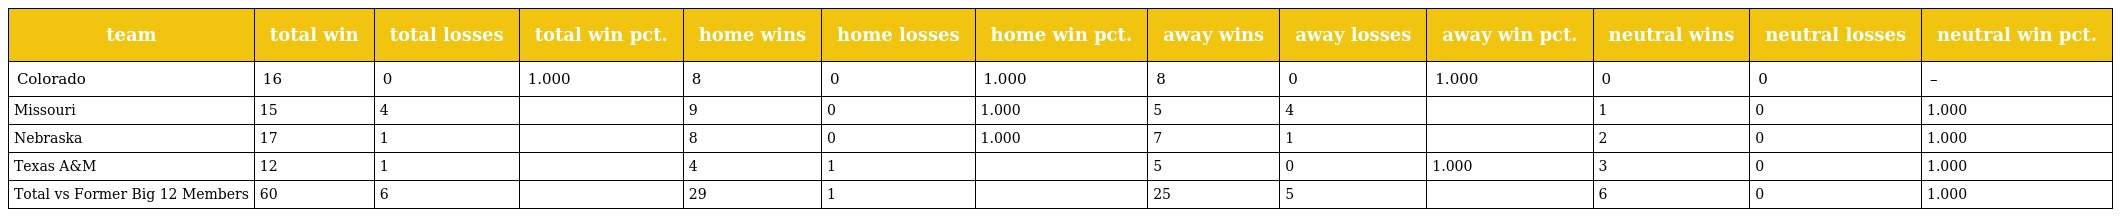
| team | total win | total losses | total win pct. | home wins | home losses | home win pct. | away wins | away losses | away win pct. | neutral wins | neutral losses | neutral win pct. |
 | --- | --- | --- | --- | --- | --- | --- | --- | --- | --- | --- | --- | --- |
 | Colorado | 16 | 0 | 1.000 | 8 | 0 | 1.000 | 8 | 0 | 1.000 | 0 | 0 | – |
 | Missouri | 15 | 4 |  | 9 | 0 | 1.000 | 5 | 4 |  | 1 | 0 | 1.000 |
 | Nebraska | 17 | 1 |  | 8 | 0 | 1.000 | 7 | 1 |  | 2 | 0 | 1.000 |
 | Texas A&M | 12 | 1 |  | 4 | 1 |  | 5 | 0 | 1.000 | 3 | 0 | 1.000 |
 | Total vs Former Big 12 Members | 60 | 6 |  | 29 | 1 |  | 25 | 5 |  | 6 | 0 | 1.000 |